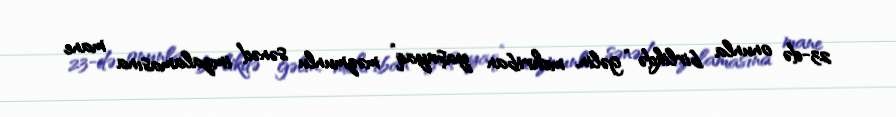
23-də onunla birlikdə “gəlin, mehriban yaşayaq” məzmunlu sənəd imzalamasına mane